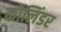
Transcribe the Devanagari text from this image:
कोलिंडर